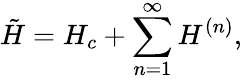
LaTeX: \tilde{H}=H_{c}+\sum_{n=1}^{\infty}H^{(n)},